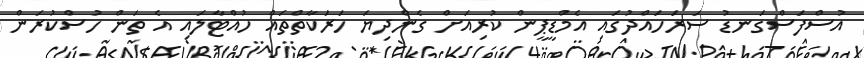
އުސްފަސްގަނޑު ސަރަހައްދުގައި އެމްޑީޕީން ކުރިއަށް ގެންދިޔަ ހަރަކާތްތައް ހުއްޓާލައި އެ ތަން ހުސްކުރަން